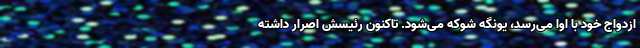
ازدواج خود با اوا می‌رسد، یونگه شوکه می‌شود. تاکنون رئیسش اصرار داشته